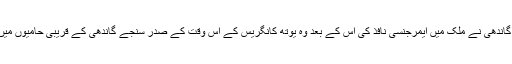
1975 ء میں جب اندرا گاندھی نے ملک میں ایمرجنسی نافذ کی اس کے بعد وہ یوتھ کانگریس کے اس وقت کے صدر سنجے گاندھی کے قریبی حامیوں میں شمار کئے جانے لگے۔